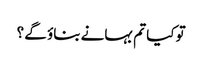
تو کیا تم بہانے بناؤ گے ؟